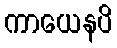
ကာယေနပိ